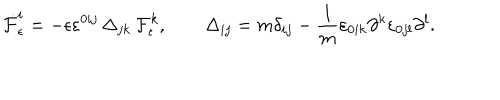
LaTeX: \dot { \cal F } _ { \epsilon } ^ { i } = - \epsilon \varepsilon ^ { 0 i j } \, \Delta _ { j k } \, { \cal F } _ { \epsilon } ^ { k } , \qquad \Delta _ { i j } = m \delta _ { i j } - \frac { 1 } { m } \varepsilon _ { 0 i k } \partial ^ { k } \varepsilon _ { 0 j l } \partial ^ { l } .